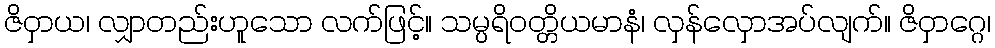
ဇိဝှာယ၊ လျှာတည်းဟူသော လက်ဖြင့်။ သမ္ပရိဝတ္တိယမာနံ၊ လှန်လှောအပ်လျက်။ ဇိဝှာဂ္ဂေ၊